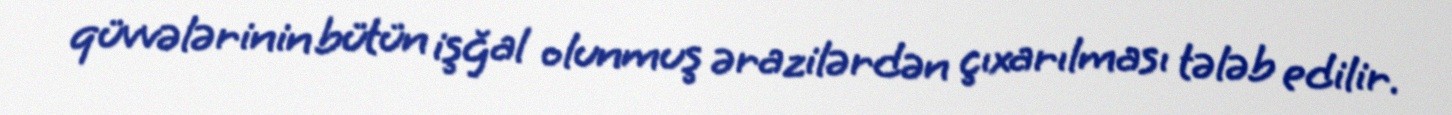
qüvvələrinin bütün işğal olunmuş ərazilərdən çıxarılması tələb edilir.